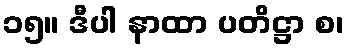
၁၅။ ဒီပါ နာထာ ပတိဋ္ဌာ စ၊